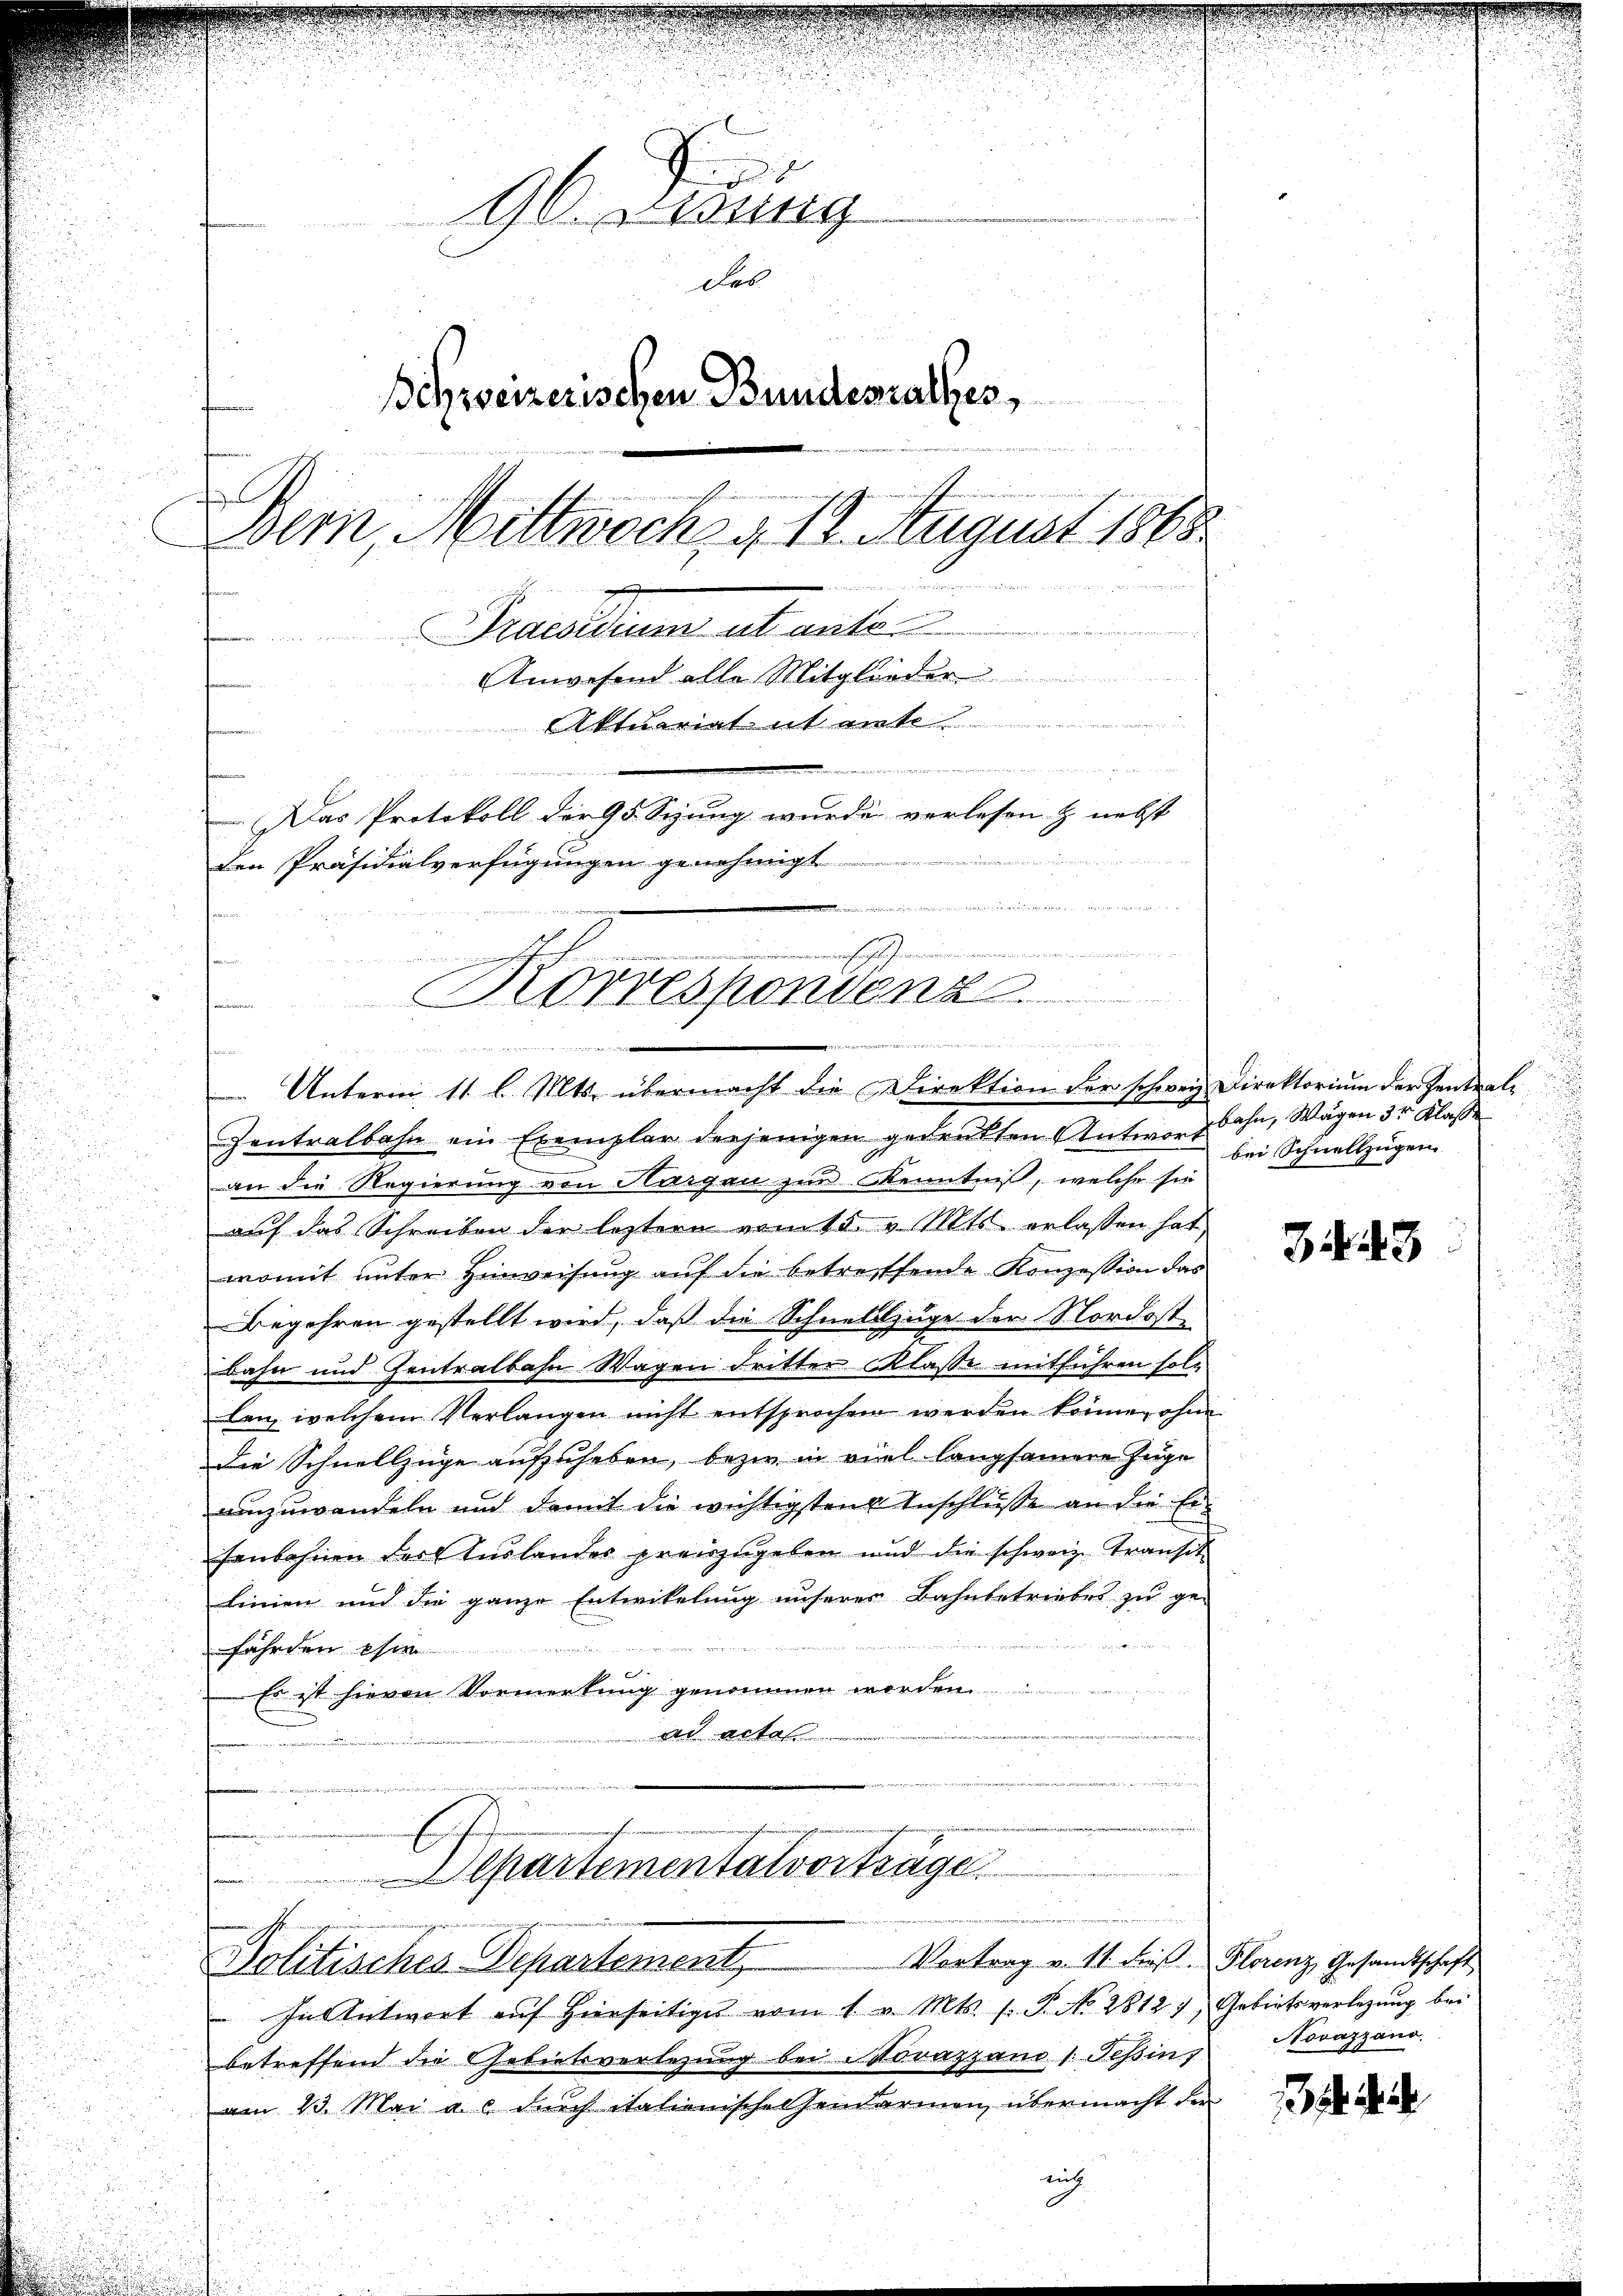
96 Dedung
Des
Schweizerischen Bundesrathes,
b
Dern, Mittwoch, § 12. August 1868
e
Puedium ab ante
Anwesend alle Mitglieder
Aktuariat it einte
Das Protokoll der 95 Sizung wurde verlesen & nebst
den Präsidialverfügungen genehmigt.
e

i
.
Zentralbahn ein Exemplar derjenigen gedrukten Antworgbahn, Wagen 3 Klasse
an die Regierung von Aargau zur Kenntniß, welche sie
u
auf das Schreiben der leztere vom 15. v. Mts. erlassen hat
u
womit unter Hinweisung auf die betreffende Konzession das
Begehren gestellt wird, daß die Schnellzüge der Nordostbahn und Zentralbahn Wagen dritter Klasse mitführen soll
len, welchem Verlangen nicht entsprochen werden könne, ohne
Die Schnellzüge aufzuheben, bezir in viel langsamere Zuge
umzuwandeln und damit die wichtigstens Anschlusse an die Er-
fenbahnen der Auslander preiszugeben und die schweiz. Transch
Linien und die ganze Entwikelung unserer Bahnbetriebes zu ge-
fährden es
Es ist hievon Vormerkung genommen worden.
An Acten

n
auch
E.
Korrespondenz

Mad. Sie die
Unterm 11. l. Mts. übermacht die Direktion der schweiz Direktorium der Zentral-

Departementalvorträge
Vortrag u. 11 Fuß. Florenz Gesandtschaft
Politisches Departement

In Antwort auf hierseitiges vom 1. v. Mts. f. P. No. 28127, Gebietsverlegung bei
betreffend die Gebietsverlesung bei Novazzand /: Tessin,
am 23. Mai a. c. durch italienische Gendarmen, übermacht den
nich

bei Schnellzügen.

34. 43

Novazzano.